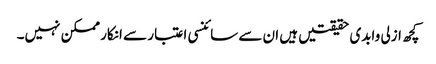
کچھ ازلی وابدی حقیقتیں ہیں ان سے سائنسی اعتبار سے انکار ممکن نہیں۔